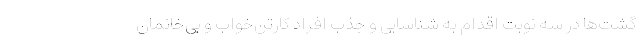
گشت‌ها در سه نوبت اقدام به شناسایی و جذب افراد کارتن‌خواب و بی‌خانمان